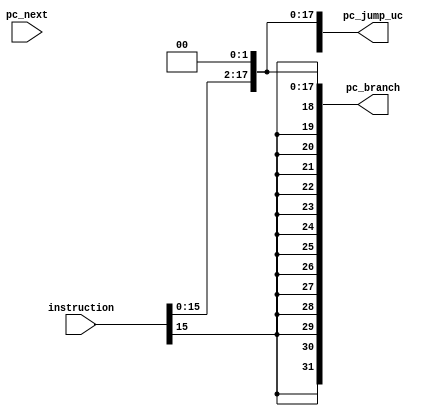
`timescale 1ns / 1ps
//////////////////////////////////////////////////////////////////////////////////
// Company: 
// Engineer: 
// 
// Design Name: 
// Module Name: jump_address
// Project Name: 
// Target Devices: 
// Tool Versions: 
// Description: 
// 
// Dependencies: 
// 
// Revision:
// Revision 0.01 - File Created
// Additional Comments:
// 
//////////////////////////////////////////////////////////////////////////////////


module jump_address(pc_next,instruction,pc_jump_uc, pc_branch);
 input [3:0] pc_next;
 input [25:0] instruction;
 output [31:0] pc_jump_uc;
 output [31:0] pc_branch;
 
 assign pc_jump_uc = {pc_next,instruction,2'b0}; //for j and jal
 assign pc_branch = {{14{instruction[15]}}, instruction[15:0], 2'b0};
endmodule